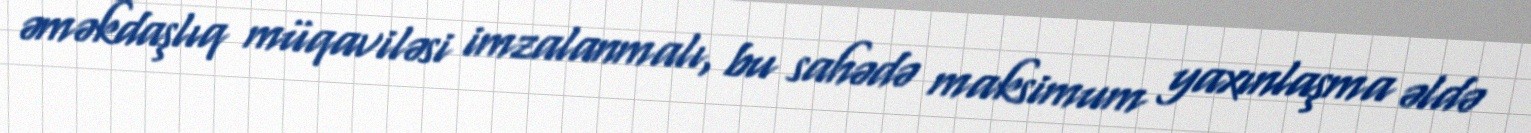
əməkdaşlıq müqaviləsi imzalanmalı, bu sahədə maksimum yaxınlaşma əldə